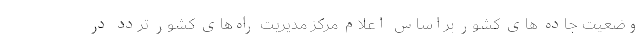
وضعیت جاده های کشور براساس اعلام مرکز مدیریت راه‌های کشور تردد در